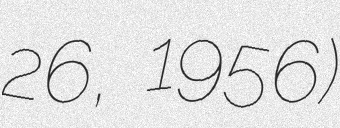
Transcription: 26, 1956)